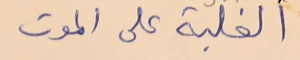
الغلبة على الموت